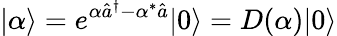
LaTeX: |\alpha\rangle=e^{\alpha{\hat{a}}^{\dagger}-\alpha^{*}{\hat{a}}}|0\rangle=D(\alpha)|0\rangle